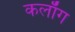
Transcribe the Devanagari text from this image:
कलाँग